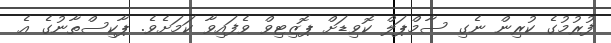
ފުރުމުގެ ކުރިން ނެގި ސާމްޕަލް ކޮވިޑަށް ޕޮޒިޓިވް ވެފައިވާ ކަމަށެވެ. ޕާކިސްތާނުގެ އެ